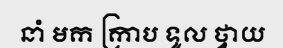
នាំ មក ក្រាប ទូល ថ្វាយ